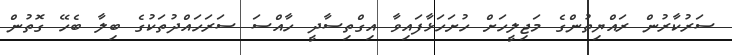
ސަރުކާރުން ރައްޔިތުންގެ މަޖިލީހަށް ހުށަހަޅާފައިވާ އިގްތިސާދީ ހާއްސަ ސަރަހައްދުތަކުގެ ބިލާ ބެހޭ ގޮތުން